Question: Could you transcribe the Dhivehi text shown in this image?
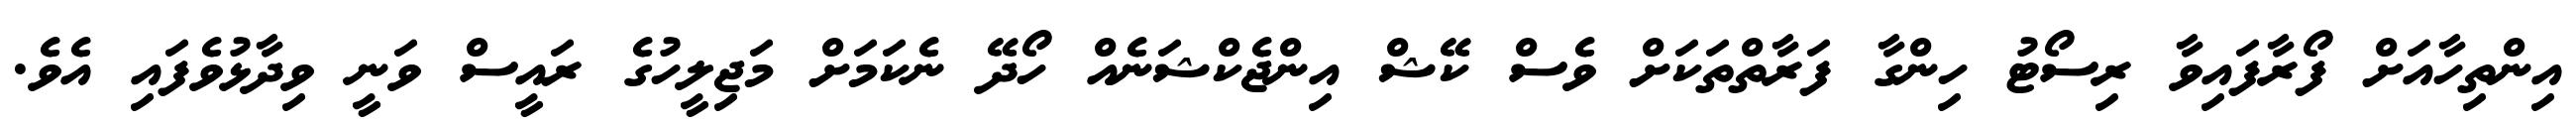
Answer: އިންތިހާއަށް ފޯރާފައިވާ ރިސޯޓު ހިންގާ ފަރާތްތަކަށް ވެސް ކޭޝް އިންޖެކްޝަނެއް ހޯދޭ ނެކަމަށް މަޖިލީހުގެ ރައީސް ވަނީ ވިދާޅުވެފައި އެވެ.